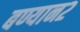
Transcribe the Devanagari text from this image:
बण्यान२